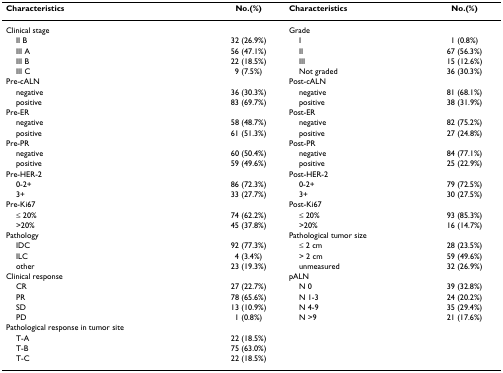
| Characteristics | No.(%) | Characteristics | No.(%) |
 | --- | --- | --- | --- |
 | Clinical stage |  | Grade |  |
 | II B | 32 (26.9%) | I | 1 (0.8%) |
 | III A | 56 (47.1%) | II | 67 (56.3%) |
 | III B | 22 (18.5%) | III | 15 (12.6%) |
 | III C | 9 (7.5%) | Not graded | 36 (30.3%) |
 | Pre-cALN |  | Post-cALN |  |
 | negative | 36 (30.3%) | negative | 81 (68.1%) |
 | positive | 83 (69.7%) | positive | 38 (31.9%) |
 | Pre-ER |  | Post-ER※ |  |
 | negative | 58 (48.7%) | negative | 82 (75.2%) |
 | positive | 61 (51.3%) | positive | 27 (24.8%) |
 | Pre-PR |  | Post-PR※ |  |
 | negative | 60 (50.4%) | negative | 84 (77.1%) |
 | positive | 59 (49.6%) | positive | 25 (22.9%) |
 | Pre-HER-2 |  | Post-HER-2※ |  |
 | 0-2+ | 86 (72.3%) | 0-2+ | 79 (72.5%) |
 | 3+ | 33 (27.7%) | 3+ | 30 (27.5%) |
 | Pre-Ki67 |  | Post-Ki67※ |  |
 | ≤ 20% | 74 (62.2%) | ≤ 20% | 93 (85.3%) |
 | >20% | 45 (37.8%) | >20% | 16 (14.7%) |
 | Pathology |  | Pathological tumor size |  |
 | IDC | 92 (77.3%) | ≤ 2 cm | 28 (23.5%) |
 | ILC | 4 (3.4%) | > 2 cm | 59 (49.6%) |
 | other | 23 (19.3%) | unmeasured | 32 (26.9%) |
 | Clinical response |  | pALN |  |
 | CR | 27 (22.7%) | N 0 | 39 (32.8%) |
 | PR | 78 (65.6%) | N 1-3 | 24 (20.2%) |
 | SD | 13 (10.9%) | N 4-9 | 35 (29.4%) |
 | PD | 1 (0.8%) | N >9 | 21 (17.6%) |
 | Pathological response in tumor site |  |  |  |
 | T-A | 22 (18.5%) |  |  |
 | T-B | 75 (63.0%) |  |  |
 | T-C | 22 (18.5%) |  |  |